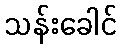
သန်းခေါင်